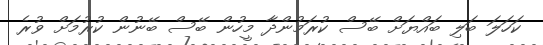
ކަހަލަ ބަލި ބައްޔަށް ބޭސް ކުރަމުންދާ މީހުން ބޭސް ބޭނުން ކުރުމަށް ވުރެ